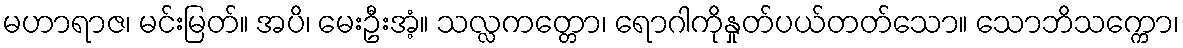
မဟာရာဇ၊ မင်းမြတ်။ အပိ၊ မေးဦးအံ့။ သလ္လကတ္တော၊ ရောဂါကိုနှုတ်ပယ်တတ်သော။ သောဘိသက္ကော၊